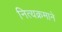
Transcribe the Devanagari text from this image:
नित्यक्रमाने